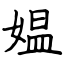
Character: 媪